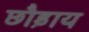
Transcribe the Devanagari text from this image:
छौड़ाय